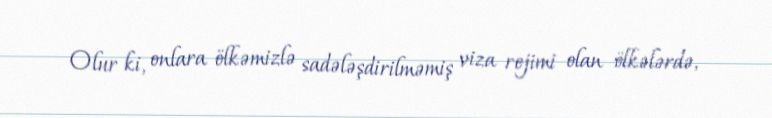
Olur ki, onlara ölkəmizlə sadələşdirilməmiş viza rejimi olan ölkələrdə,